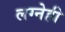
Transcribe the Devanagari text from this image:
लग्नेही